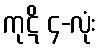
ကုဋိ ၄-လုံး